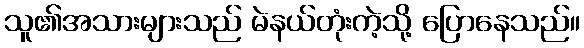
သူ၏အသားများသည် မဲနယ်တုံးကဲ့သို့ ပြောနေသည်။